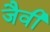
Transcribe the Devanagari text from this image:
जैवी